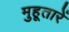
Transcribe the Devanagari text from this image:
मुहूतारें